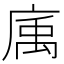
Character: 𢉠